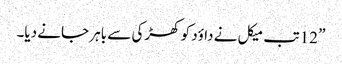
” 12 تب میکل نے داؤد کو کھڑکی سے باہر جانے دیا۔